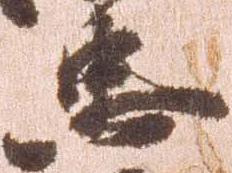
忠